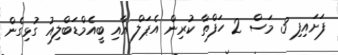
ފަށައިފި 3 މަސް 2 ހަފްތާ ކުރިން އެޕަލް އާއި ބީއެމްޑަބްލިއު ގުޅިގެން